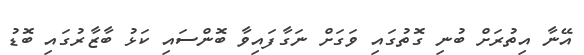
އޭނާ އިތުރަށް ބުނި ގޮތުގައި ވަގަށް ނަގާފައިވާ ބޮންސައި ކަޅު ބާޒާރުގައި ބޮޑު